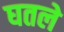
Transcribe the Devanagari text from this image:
घतले